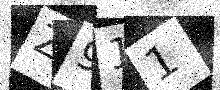
Text: Z911